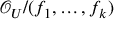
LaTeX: { \mathcal { O } } _ { U } / ( f _ { 1 } , \ldots , f _ { k } )